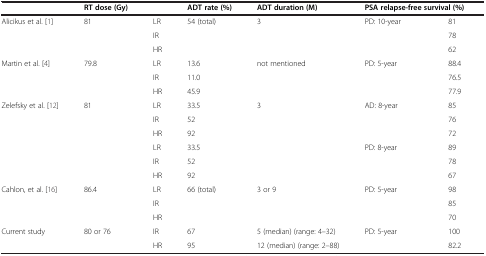
|  | RT dose (Gy) |  | ADT rate (%) | ADT duration (M) | <COLSPAN=2> PSA relapse-free survival (%) |
 | --- | --- | --- | --- | --- | --- | --- |
 | <ROWSPAN=3> Alicikus et al.[1] | 81 | LR | 54 (total) | 3 | PD: 10-year | 81 |
 |  | IR |  |  |  | 78 |
 |  | HR |  |  |  | 62 |
 | Martin et al.[4] | 79.8 | LR | 13.6 | not mentioned | PD: 5-year | 88.4 |
 | <ROWSPAN=2>  |  | IR | 11.0 |  |  | 76.5 |
 |  | HR | 45.9 |  |  | 77.9 |
 | <ROWSPAN=6> Zelefsky et al.[12] | 81 | LR | 33.5 | 3 | AD: 8-year | 85 |
 |  | IR | 52 |  |  | 76 |
 |  | HR | 92 |  |  | 72 |
 |  | LR | 33.5 |  | PD: 8-year | 89 |
 |  | IR | 52 |  |  | 78 |
 |  | HR | 92 |  |  | 67 |
 | <ROWSPAN=3> Cahlon, et al.[16] | 86.4 | LR | 66 (total) | 3 or 9 | PD: 5-year | 98 |
 |  | IR |  |  |  | 85 |
 |  | HR |  |  |  | 70 |
 | Current study | 80 or 76 | IR | 67 | 5 (median) (range: 4–32) | PD: 5-year | 100 |
 |  |  | HR | 95 | 12 (median) (range: 2–88) |  | 82.2 |